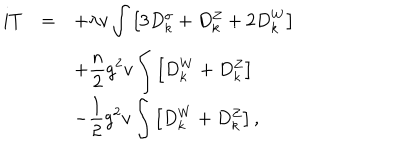
LaTeX: \begin{array} { r c l } { { i T } } & { { = } } & { { \displaystyle + \lambda v \int \left[ 3 D _ { k } ^ { \sigma } + D _ { k } ^ { Z } + 2 D _ { k } ^ { W } \right] } } \\ { { } } & { { } } & { { \displaystyle + \frac { n } { 2 } g ^ { 2 } v \int \left[ D _ { k } ^ { W } + D _ { k } ^ { Z } \right] } } \\ { { } } & { { } } & { { \displaystyle - \frac { 1 } { 2 } g ^ { 2 } v \int \left[ D _ { k } ^ { W } + D _ { k } ^ { Z } \right] , } } \\ \end{array}